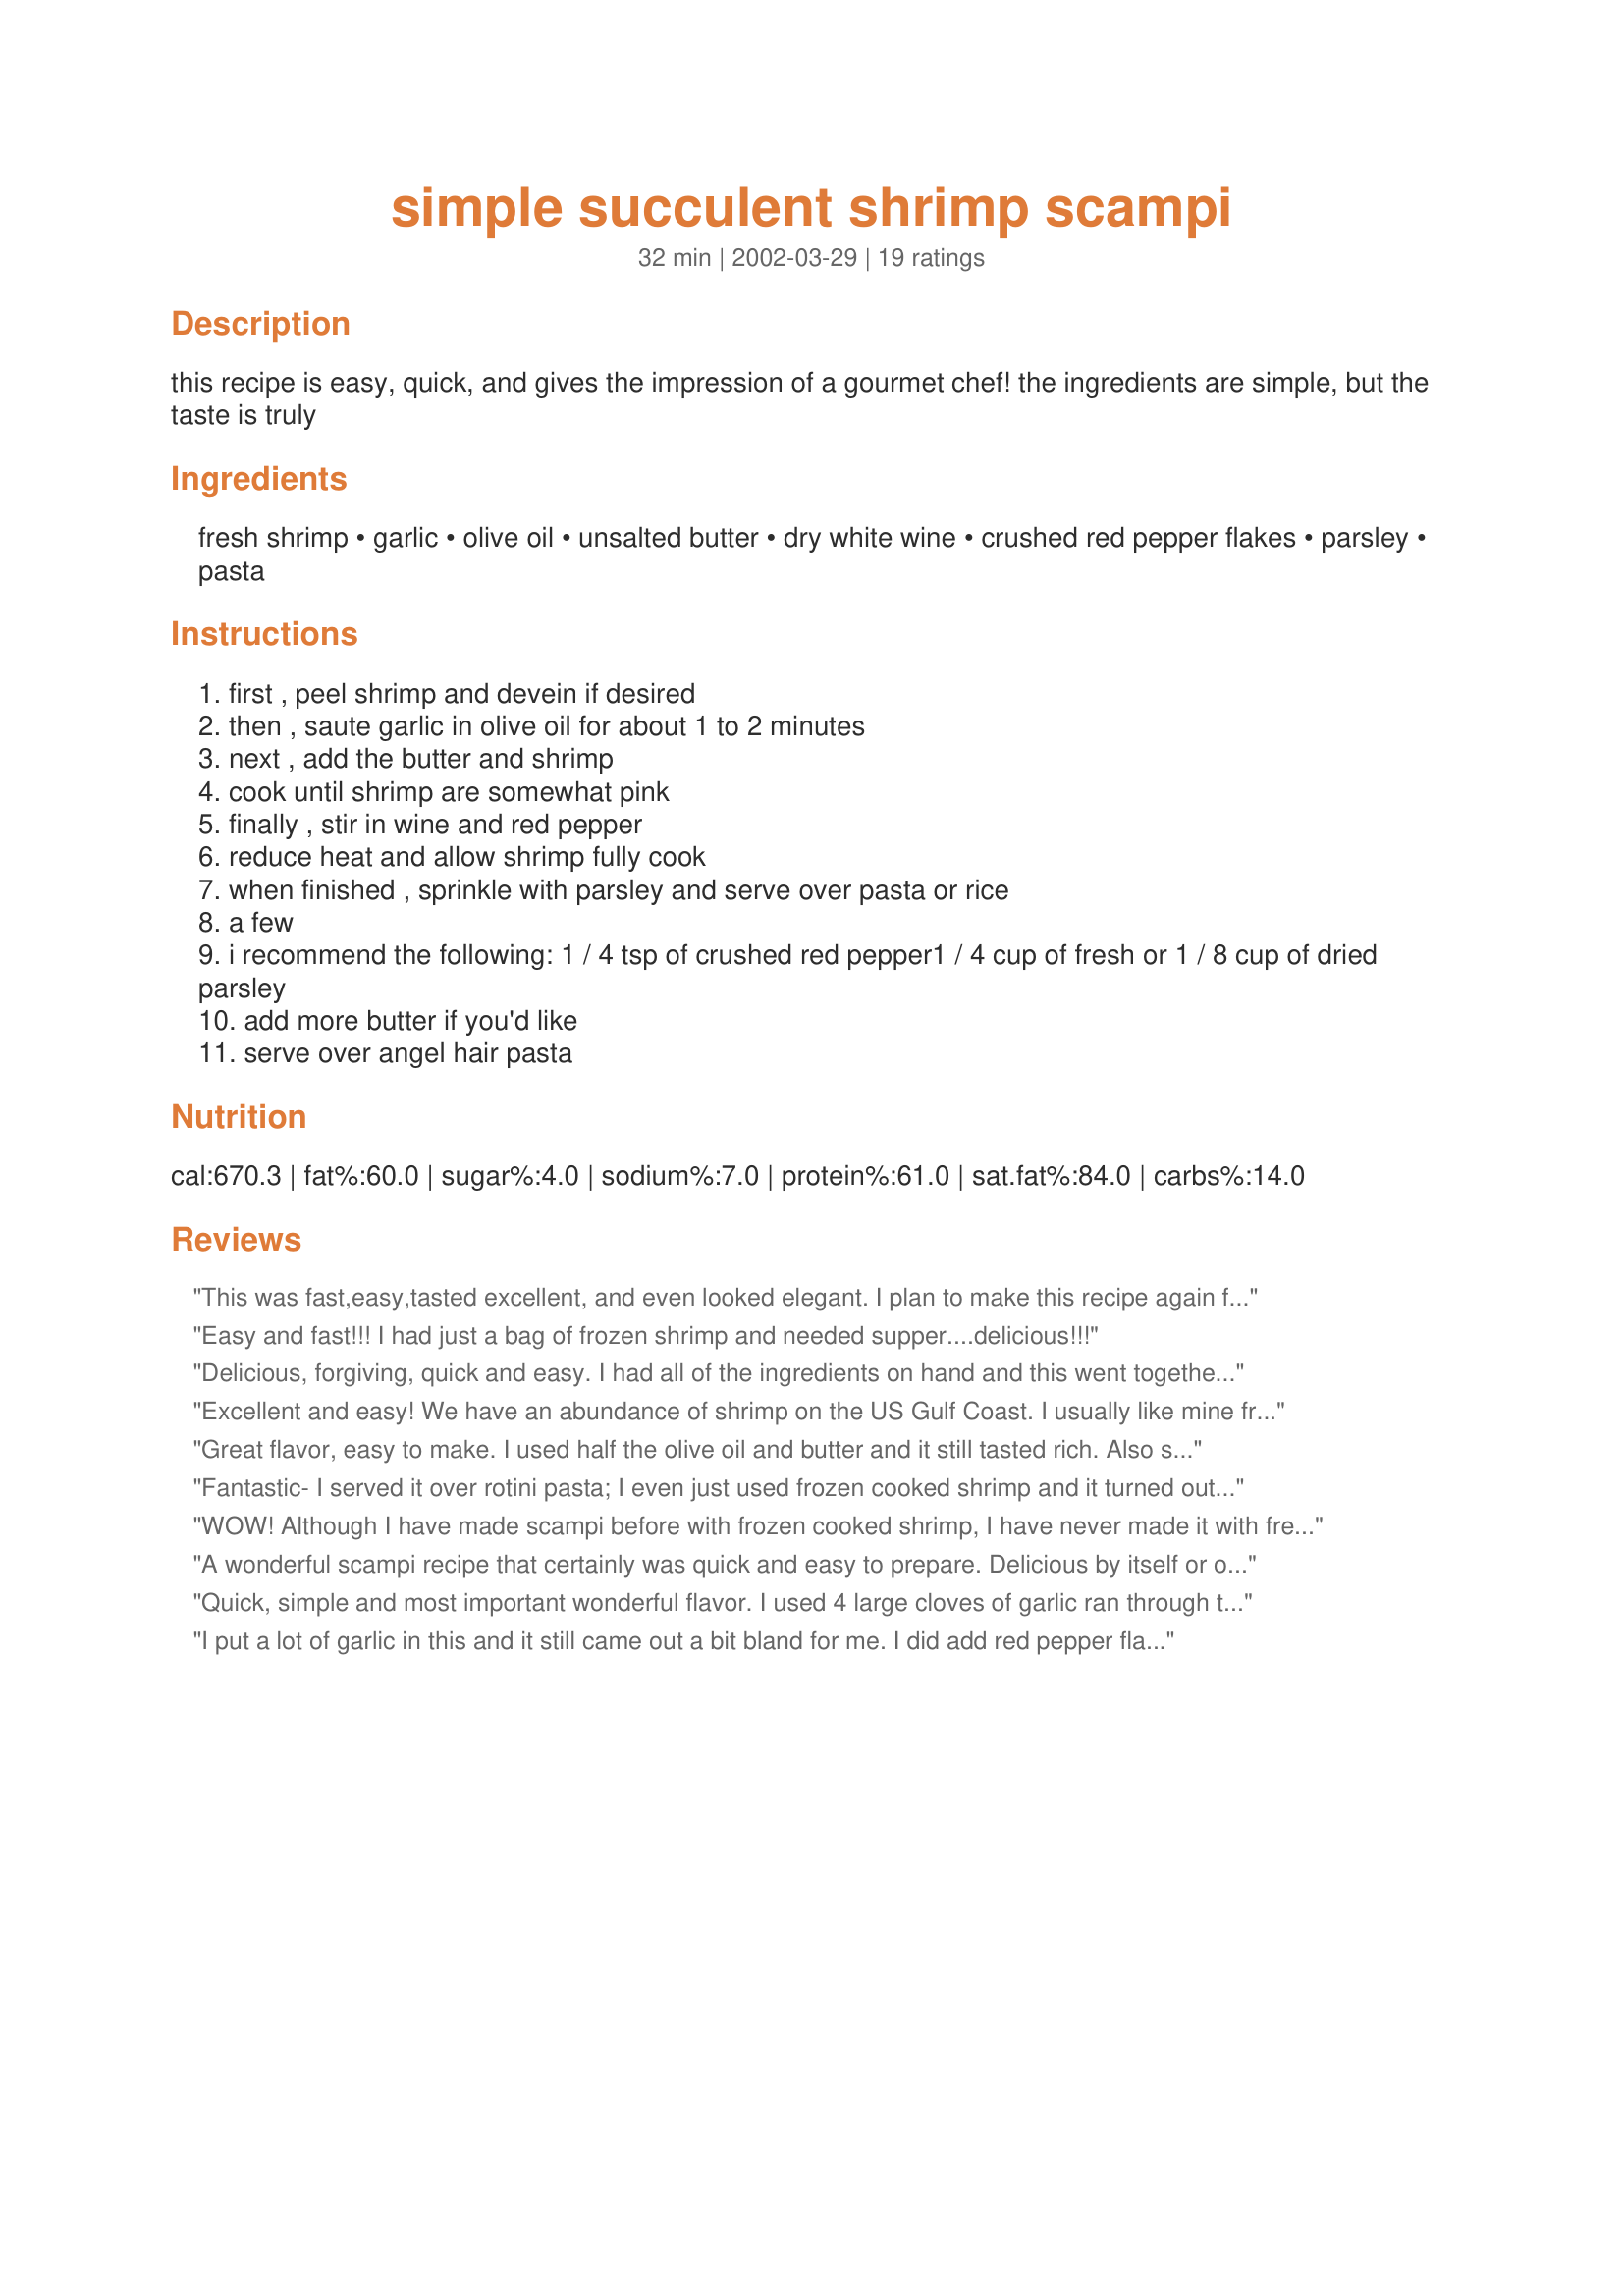
simple succulent shrimp scampi
Preparation time: 32 minutes

this recipe is easy, quick, and gives the impression of a gourmet chef! the ingredients are simple, but the taste is truly

Ingredients:
fresh shrimp, garlic, olive oil, unsalted butter, dry white wine, crushed red pepper flakes, parsley, pasta

Steps:
first , peel shrimp and devein if desired
then , saute garlic in olive oil for about 1 to 2 minutes
next , add the butter and shrimp
cook until shrimp are somewhat pink
finally , stir in wine and red pepper
reduce heat and allow shrimp fully cook
when finished , sprinkle with parsley and serve over pasta or rice
a few
i recommend the following: 1 / 4 tsp of crushed red pepper1 / 4 cup of fresh or 1 / 8 cup of dried parsley
add more butter if you'd like
serve over angel hair pasta

Reviews:
This was fast,easy,tasted excellent, and even looked elegant. I plan to make this recipe again for company. I did add the fresh parsley and fresh Parmesan cheese as suggested by the recipe poster, which I think were essential ingredients. I did not add anything extra, although if you adore garlic, I see no reason why you couldn't add even more. A winner of a recipe!
Easy and fast!!! I had just a bag of frozen shrimp and needed supper....delicious!!!
Delicious, forgiving, quick and easy. I had all of the ingredients on hand and this went together in about 10 minutes. As some reviewers suggested, I added some red pepper flakes.&lt;br/&gt;&lt;br/&gt;I cut the butter down by 1/2 and I also added 1 t of cornstarch mixed w/water to thicken the sauce a bit, just a personal preference. &lt;br/&gt;&lt;br/&gt;I served it w/angel hair pasta and topped w/grated parmesan cheese and the parsley. I used dried parsley b/c that&#039;s what I had on hand. &lt;br/&gt;&lt;br/&gt;Thanks for this recipe!
Excellent and easy! We have an abundance of shrimp on the US Gulf Coast. I usually like mine fried, but I've gone on a healthier eating program and eliminated white flours. This was a pleasing recipe, even with omitting the red pepper (due to personal preferences). I served it over brown basmati rice and used the dried parsley.
Great flavor, easy to make. I used half the olive oil and butter and it still tasted rich. Also sauteed about a cup of sliced baby bella mushrooms which I happened to have on hand. DH was full of positive accolades!
Fantastic- I served it over rotini pasta; I even just used frozen cooked shrimp and it turned out great. Next time, I will use just a touch less oil. It really was restaurant-quality!
WOW! Although I have made scampi before with frozen cooked shrimp, I have never made it with fresh shrimp. What a difference in taste..fantastic recipe and sooooo easy to make....Thanks Britni...a definite keeper and easy to make to impress guests.....thanks again
A wonderful scampi recipe that certainly was quick and easy to prepare. Delicious by itself or over pasta. For my personal taste I will either decrease the amount of olive oil and increase the butter slightly or eliminate the olive oil and just use butter. Only a personal preference. I liked the zing that the crushed red pepper flakes added and I used the dried parsley also. Great flavor. Thanks
Quick, simple and most important wonderful flavor. 
I used 4 large cloves of garlic ran through the press. It turned out perfect.
I served it over pasta.
I put a lot of garlic in this and it still came out a bit bland for me. I did add red pepper flakes too. However, a bit of hot sauce after cooking it made all well. thanks BritniSB
This is the first time I have ever cooked, or eaten for that matter, shrimp. I LOVED it! The flavor was really amazing. I used 5 cloves of garlic, italian parsley (fresh) and in a separate pan I sauteed some mushrooms in some olive oil, garlic, white wine, salt & pepper, and added them right at the end. All I had in the house was fettucini noodles, next time I will make sure to use the angle hair as I think it would have been a better match for the recipe. This was a big hit in my house. Thanks for the post, I will be serving this again.
We throughly enjoyed this recipe. Classic and easy to prepare. Served scampi over whole wheat linquini. Next time I will garnish with freshly grated Parmesan and fresh flat leaf parsley.
This was tasty, easy and fast!! It's a keeper for my family. I added more garlic with the addition of lemon juice at the very end and it really punched it up. I served it over Near East brand roasted garlic and olive oil pasta. Yummy! Thanks for a great recipe!!
Great, came out just right, though a few tablespoons of butter were enough for me.
I have been looking for a basic simple scampi recipe for ages and this more than fit the bill. We followed the recommendations for parsley and crushed red pepper which were just right. Next time I think I will cut down some on the butter but the taste was excellent!
Delightful! I added lemon juice then parmesan cheese just before serving. Served over rice.
This was a VERY good recipe! It will be a keeper for sure...Only thing I did different was added some peccorino romano cheese to it while the wine was reducing a bit. Yummy, yummy, yummy! It was a bit heavy on the oil and butter, not a huge deal to us or anything but next time I might cut back to 1/8 c. olive oil and 1/2 cup butter and use 1/2 cup of wine to make up for it.
Wonderful! I made it for my pregnant wife--she's always craving seafood!
I made this recipe with chicken and steamed broccoli. My kids loved it.
